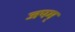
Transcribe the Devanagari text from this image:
जपम्